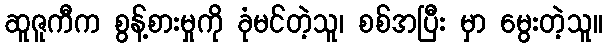
ဆူဇူကီက စွန့်စားမှုကို ခုံမင်တဲ့သူ၊ စစ်အပြီး မှာ မွေးတဲ့သူ။